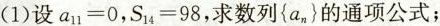
(1)设$$a_{11}=0$$，$$S_{14}=98$$，求数列\left\{ a_{n} \right\}的通项公式；